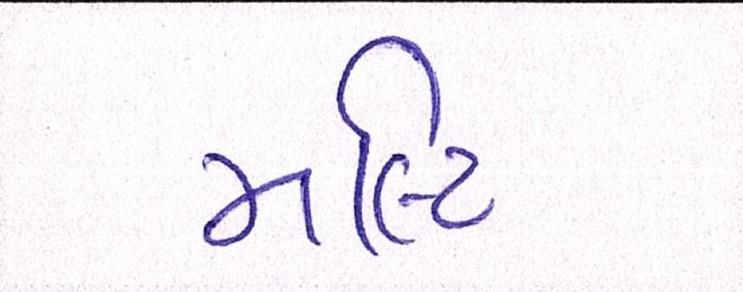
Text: મલ્ટિ